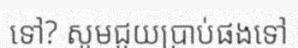
ទៅ? សូមជួយប្រាប់ផងទៅ